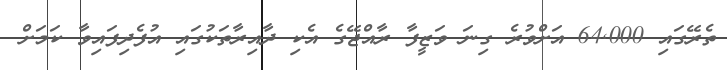
ތެރޭގައި 64